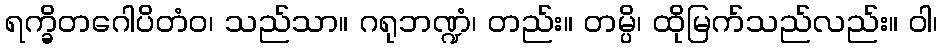
ရက္ခိတဂေါပိတံဝ၊ သည်သာ။ ဂရုဘဏ္ဍံ၊ တည်း။ တမ္ပိ၊ ထိုမြက်သည်လည်း။ ဝါ၊